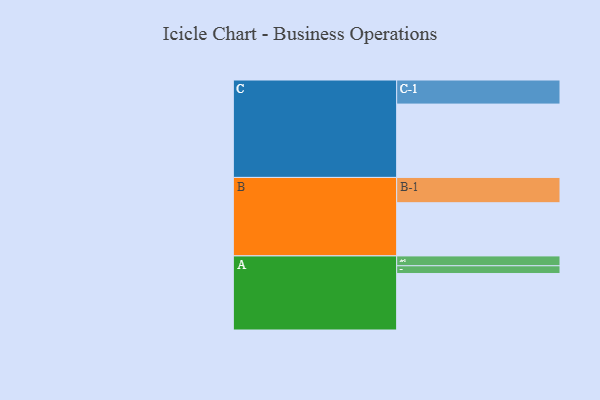
{"axis": {"x": "Segment", "y": "Value"}, "legend": ["", "A", "B", "C"], "data": [{"x": "A", "y": 373, "type": ""}, {"x": "B", "y": 351, "type": ""}, {"x": "C", "y": 484, "type": ""}, {"x": "A-1", "y": 65, "type": "A"}, {"x": "A-2", "y": 51, "type": "A"}, {"x": "B-1", "y": 167, "type": "B"}, {"x": "C-1", "y": 159, "type": "C"}]}